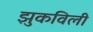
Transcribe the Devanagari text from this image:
झुकविली